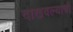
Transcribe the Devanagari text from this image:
दाखवल्याची